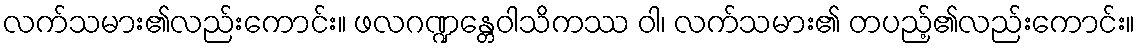
လက်သမား၏လည်းကောင်း။ ဖလဂဏ္ဍန္တေဝါသိကဿ ဝါ၊ လက်သမား၏ တပည့်၏လည်းကောင်း။